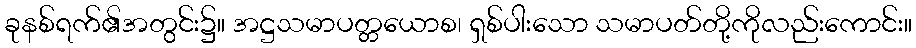
ခုနစ်ရက်၏အတွင်း၌။ အဋ္ဌသမာပတ္တယောစ၊ ရှစ်ပါးသော သမာပတ်တို့ကိုလည်းကောင်း။